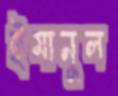
ইমানুল